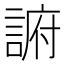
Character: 𲁭